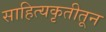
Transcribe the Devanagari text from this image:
साहित्यकृतीतून